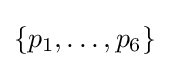
\{p_{1},\dots ,p_{6}\}